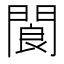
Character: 閬